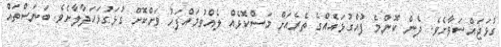
ގުޅަޖައްސަވާށެވެ. ދެން ކޮންމެ ފުއްގުޅައެއްގެ ތެރެއަށް މަސްކޮޅެއް ލެއްވުމައްފަހު ވަށްކޮށް ގުޅަގުޅަހަދާލާށެވެ. ބަނަސްތައް